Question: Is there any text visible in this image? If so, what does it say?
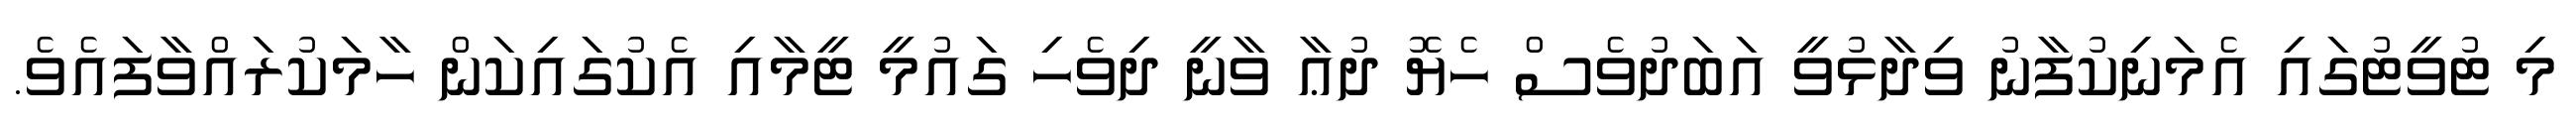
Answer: މި ޓުވީޓުގައި އެމަނިކުފާނު ވިދާޅުވީ އަބަދުވެސް ހެޔޮ ދުޢާ ވާނީ ދިވެހި ގައުމީ ޓީމާއި އެކުގައިކަން ހާމަކުރައްވާފައެވެ.